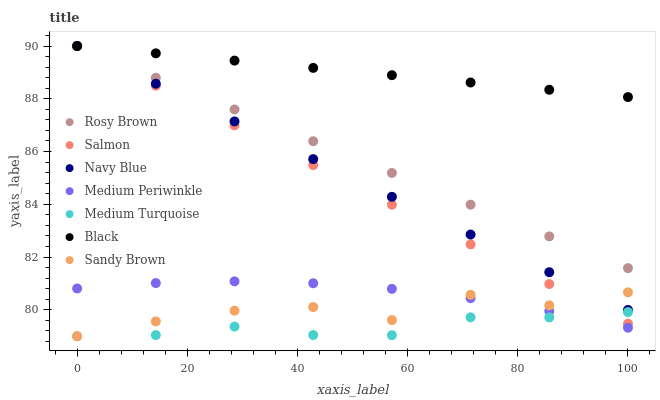
| xaxis_label | Rosy Brown | Salmon | Navy Blue | Medium Periwinkle | Medium Turquoise | Black | Sandy Brown |
 | --- | --- | --- | --- | --- | --- | --- | --- |
 | 0 | 90 | 90 | 90 | 80.8 | 79 | 90 | 79 |
 | 14.3 | 88.8 | 88.5 | 88.6 | 81 | 79 | 89.7 | 79.6 |
 | 28.6 | 87.6 | 87 | 87.1 | 81.1 | 79.4 | 89.4 | 80 |
 | 42.9 | 86.4 | 85.5 | 85.7 | 81 | 79 | 89.2 | 80.1 |
 | 57.1 | 85.2 | 84 | 84.3 | 80.8 | 79 | 88.9 | 79.6 |
 | 71.4 | 84 | 82.5 | 82.9 | 80.4 | 79.7 | 88.6 | 80.6 |
 | 85.7 | 82.8 | 81 | 81.4 | 80 | 79.7 | 88.3 | 80.2 |
 | 100 | 81.6 | 79.5 | 80 | 79.3 | 79.9 | 88.1 | 80.7 |